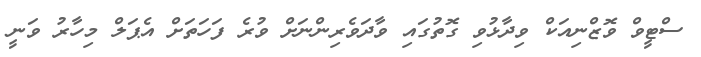
ސްޓީވް ވޮޒްނިއަކް ވިދާޅުވި ގޮތުގައި ވާދަވެރިންނަށް ވުރެ ފަހަތަށް އެޕަލް މިހާރު ވަނީ